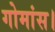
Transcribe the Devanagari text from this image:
गोमांस।